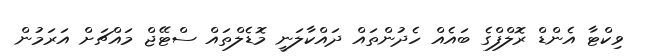
ވިކްޓާ އެންޑް ރޮލްފްގެ ބައެއް ހެދުންތައް ދައްކާލަނީ މޮޑެލްތައް ސްޓޭޖް މައްޗަށް އަރަމުން